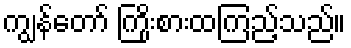
ကျွန်တော် ကြိုးစားထကြည့်သည်။